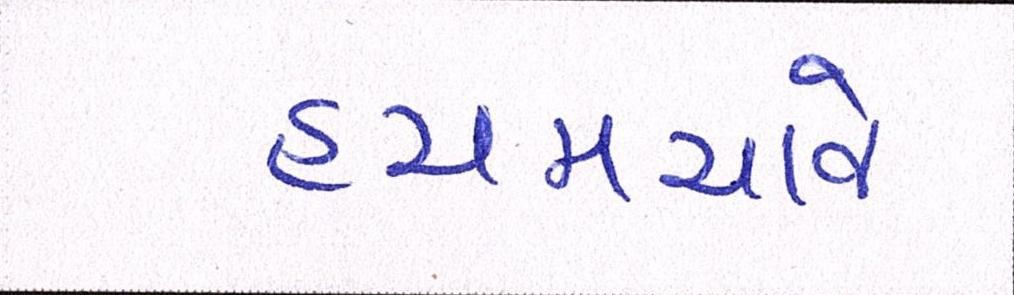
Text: હચમચાવે